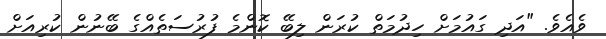
ވެއެވެ. "އަދި ގައުމަށް ހިދުމަތް ކުރަން ލިބޭ ކޮންމެ ފުރުސަތެއްގެ ބޭނުން ކުރިއަށް